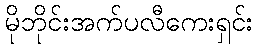
မိုဘိုင်းအက်ပလီကေးရှင်း